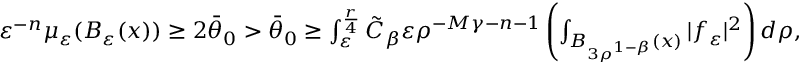
\begin{array} { r } { \varepsilon ^ { - n } \mu _ { \varepsilon } ( B _ { \varepsilon } ( x ) ) \geq 2 \bar { \theta } _ { 0 } > \bar { \theta } _ { 0 } \geq \int _ { \varepsilon } ^ { \frac { r } { 4 } } \tilde { C } _ { \beta } \varepsilon \rho ^ { - M \gamma - n - 1 } \left( \int _ { B _ { 3 \rho ^ { 1 - \beta } } ( x ) } | f _ { \varepsilon } | ^ { 2 } \right) d \rho , } \end{array}